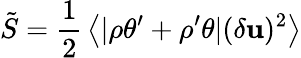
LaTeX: \tilde{S}={\frac{1}{2}}\left\langle|\rho\theta^{\prime}+\rho^{\prime}\theta|(\delta{\mathbf u})^{2}\right\rangle